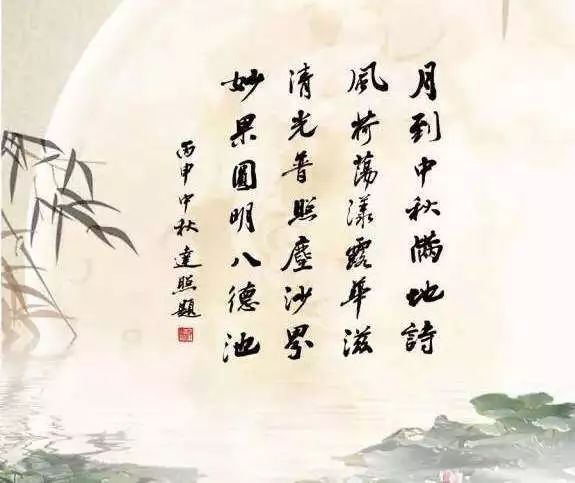
吴洲如见月，千里幸相思。